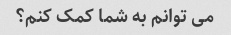
می توانم به شما کمک کنم؟